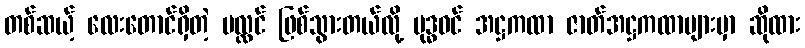
တစ်ဆယ့် လေးတောင်ရှိတဲ့ ပလ္လင် ဖြစ်သွားတယ်လို့ ဗုဒ္ဓဝင် အဋ္ဌကထာ ဇာတ်အဋ္ဌကထာများမှာ ဆိုထား